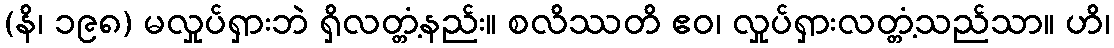
(နိ၊ ၁၉၈) မလှုပ်ရှားဘဲ ရှိလတ္တံ့နည်း။ စလိဿတိ ဧဝ၊ လှုပ်ရှားလတ္တံ့သည်သာ။ ဟိ၊